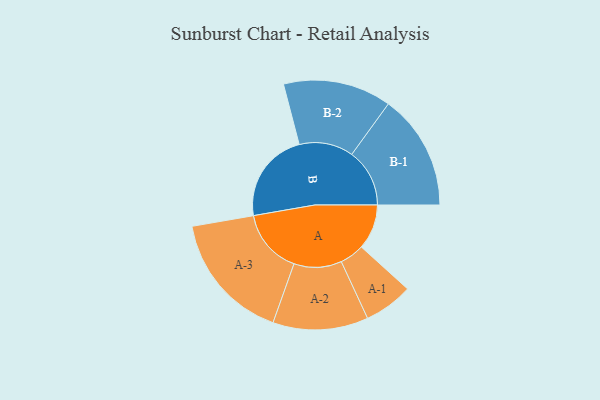
{"axis": {"x": "Segment", "y": "Value"}, "legend": ["", "A", "B"], "data": [{"x": "A", "y": 195, "type": ""}, {"x": "B", "y": 394, "type": ""}, {"x": "A-1", "y": 106, "type": "A"}, {"x": "A-2", "y": 206, "type": "A"}, {"x": "A-3", "y": 280, "type": "A"}, {"x": "B-1", "y": 250, "type": "B"}, {"x": "B-2", "y": 234, "type": "B"}]}